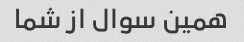
همین سوال از شما